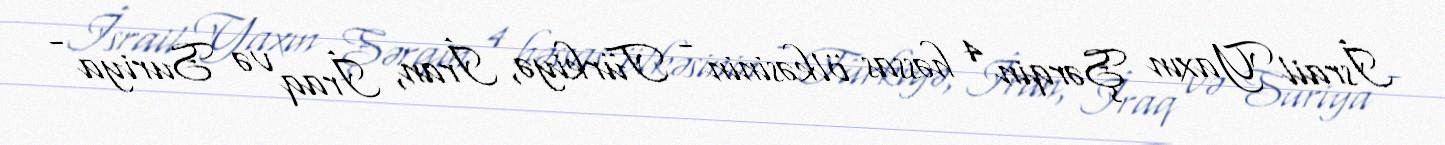
İsrail Yaxın Şərqin 4 həssas ölkəsinin - Türkiyə, İran, İraq və Suriya -